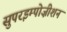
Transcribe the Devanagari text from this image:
सुपरइम्पोज़ीशन